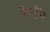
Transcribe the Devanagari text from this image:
३०१७